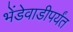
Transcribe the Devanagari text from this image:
भेंडेवाडीपर्यंत